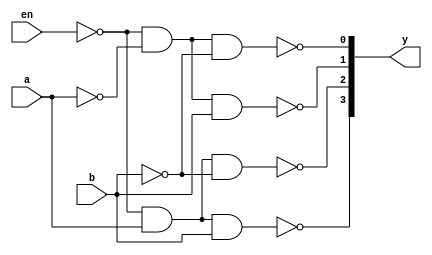
module decoder24_gate(en,a,b,y);
input en,a,b;
output [3:0]y;
wire enb,na,nb;
not n0(enb,en);
not n1(na,a);
not n2(nb,b);
nand n3(y[0], enb, na ,nb);
nand n4(y[1], enb, na, b);
nand n5(y[2], enb, a, nb);
nand n6(y[3], enb, a ,b);
endmodule